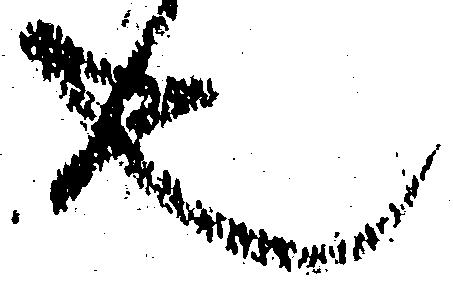
也